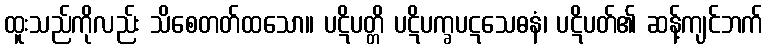
ထူးသည်ကိုလည်း သိစေတတ်ထသော။ ပဋိပတ္တိ ပဋိပက္ခပဋသေဓနံ၊ ပဋိပတ်၏ ဆန့်ကျင်ဘက်